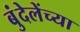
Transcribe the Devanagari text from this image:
बुंदेलेंच्या